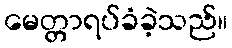
မေတ္တာရပ်ခံခဲ့သည်။